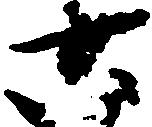
六